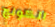
الكونج